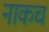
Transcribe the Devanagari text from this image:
नाकच